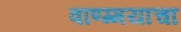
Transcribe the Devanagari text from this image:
वाण्ग्मयाचा